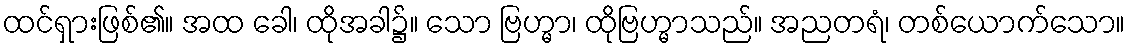
ထင်ရှားဖြစ်၏။ အထ ခေါ၊ ထိုအခါ၌။ သော ဗြဟ္မာ၊ ထိုဗြဟ္မာသည်။ အညတရံ၊ တစ်ယောက်သော။